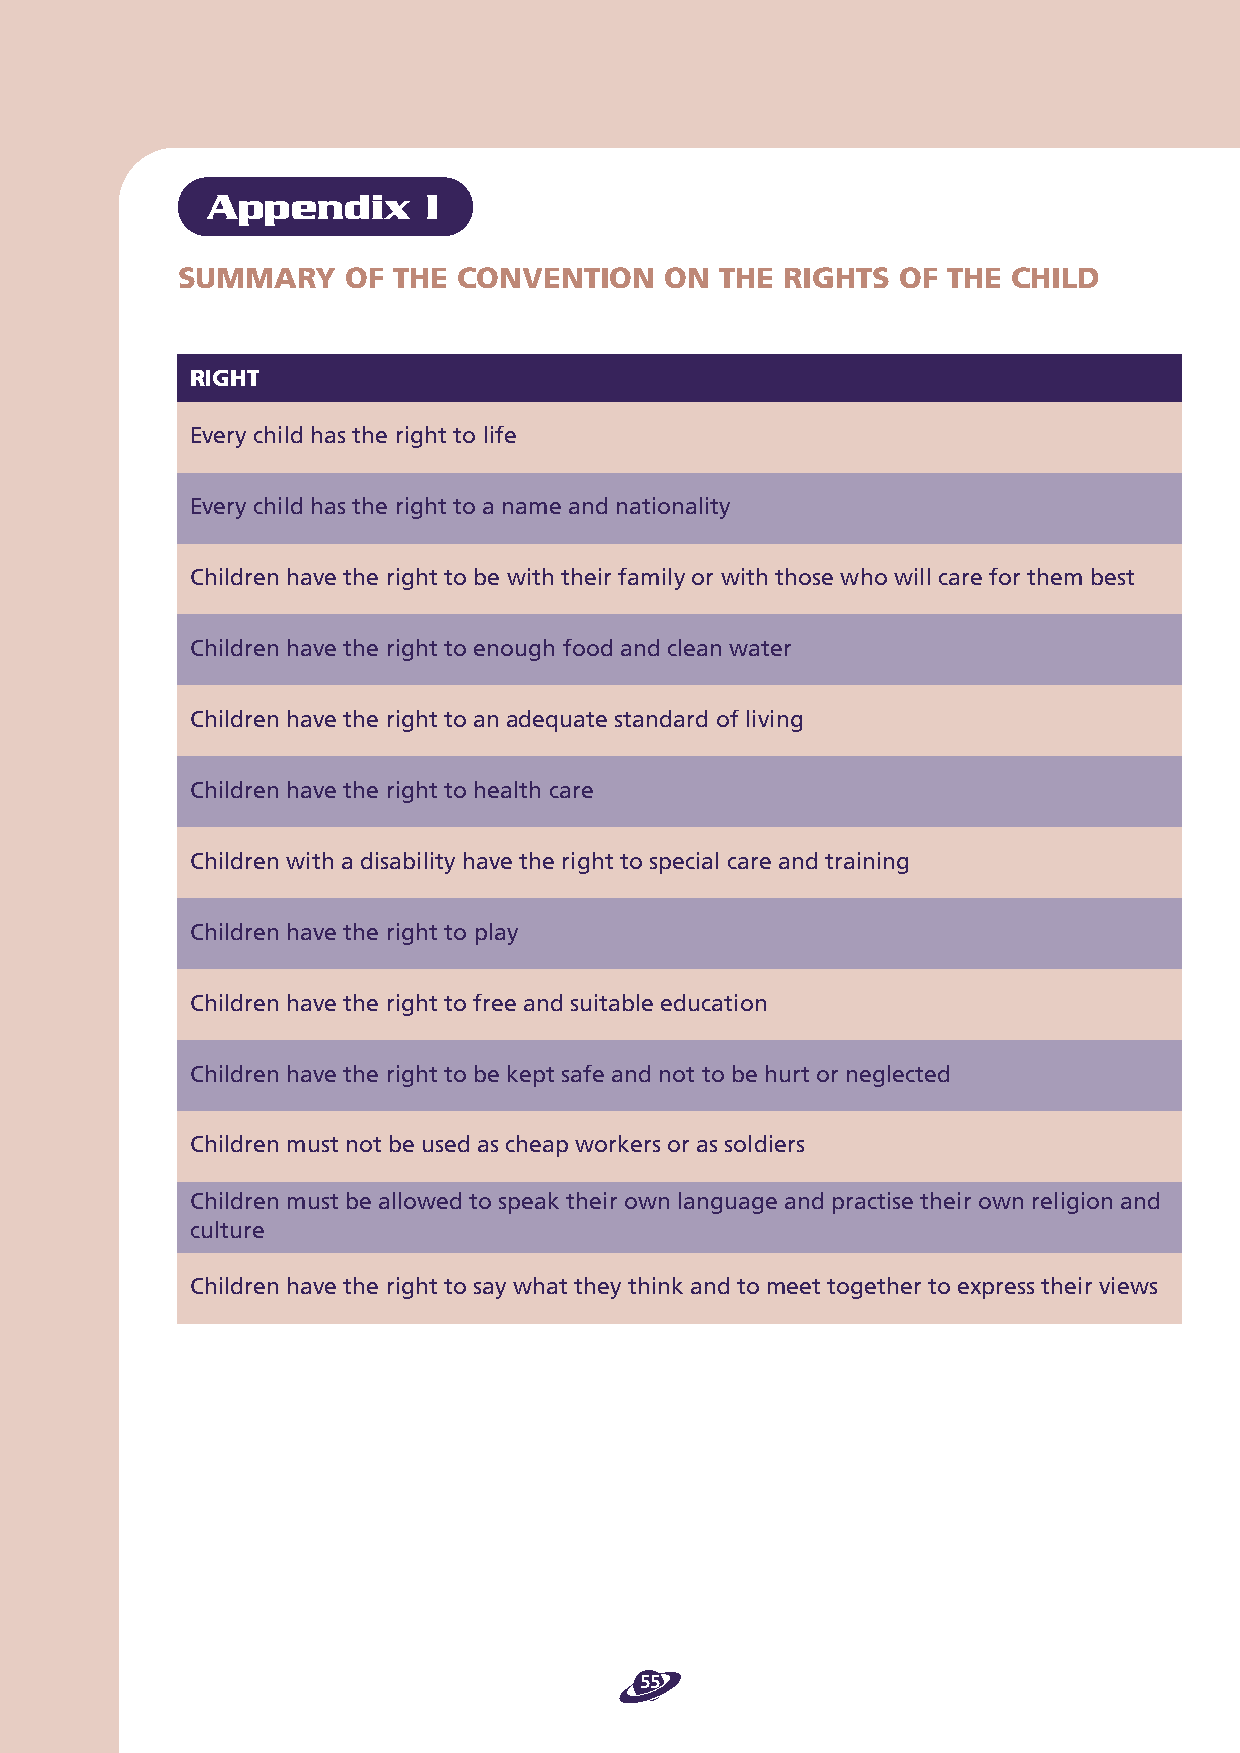
Appendix      I
 SUMMARY    OF THE CONVENTION    ON  THE RIGHTS OF  THE CHILD
 RIGHT
 Every child has the right to life
 Every child has the right to a name and nationality
 Children have the right to be with their family or with those who will care for them best
 Children have the right to enough food and clean water
 Children have the right to an adequate standard of living
 Children have the right to health care
 Children with a disability have the right to special care and training
 Children have the right to play
 Children have the right to free and suitable education
 Children have the right to be kept safe and not to be hurt or neglected
 Children must not be used as cheap workers or as soldiers
 Children must be allowed to speak their own language and practise their own religion and
 culture
 Children have the right to say what they think and to meet together to express their views
 55